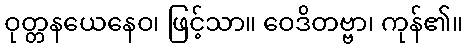
ဝုတ္တနယေနေဝ၊ ဖြင့်သာ။ ဝေဒိတဗ္ဗာ၊ ကုန်၏။